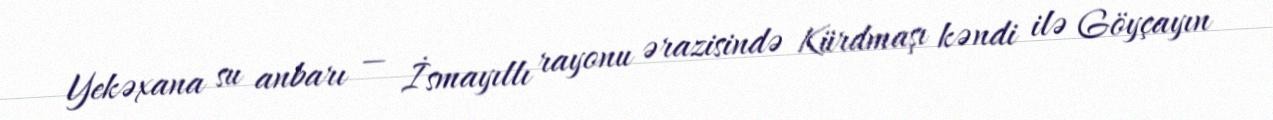
Yekəxana su anbarı — İsmayıllı rayonu ərazisində Kürdmaşı kəndi ilə Göyçayın